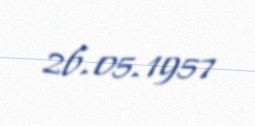
26.05.1957